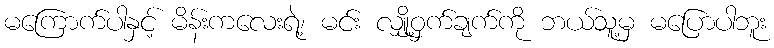
မကြောက်ပါနှင့် မိန်းကလေးရဲ့၊ မင်း လျှို့ဝှက်ချက်ကို ဘယ်သူ့မှ မပြောပါဘူး